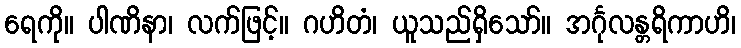
ရေကို။ ပါဏိနာ၊ လက်ဖြင့်။ ဂဟိတံ၊ ယူသည်ရှိသော်။ အင်္ဂုလန္တရိကာဟိ၊